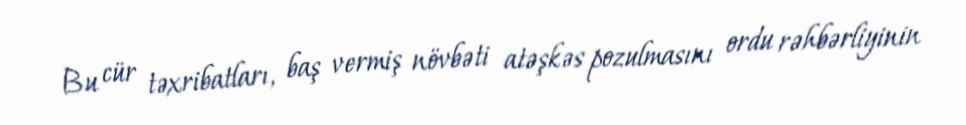
Bu cür təxribatları, baş vermiş növbəti atəşkəs pozulmasını ordu rəhbərliyinin